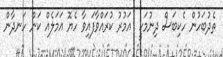
ތެދުބަހުން ހެކިބަސް ދިނުމަކީ  އަމުރު ކުރައްވާފައިވާ ހެޔޮ އަމަލެއް ކަން ހަނދާން